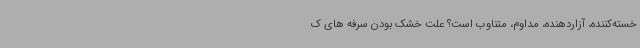
خسته‌کننده، آزاردهنده، مداوم، متناوب است؟ علت خشک بودن سرفه های ک